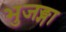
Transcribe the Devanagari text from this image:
भुजङ्गा